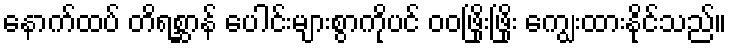
နောက်ထပ် တိရစ္ဆာန် ပေါင်းများစွာကိုပင် ဝဝဖြိုးဖြိုး ကျွေးထားနိုင်သည်။